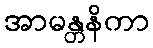
အာမန္တနိကာ